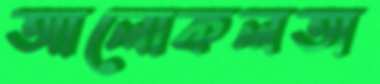
আলোকলতা